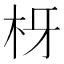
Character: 枒